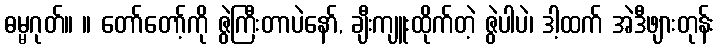
ဓမ္မဂုတ်။ ။ တော်တော့်ကို ဇွဲကြီးတာပဲနော်, ချီးကျူးထိုက်တဲ့ ဇွဲပါပဲ၊ ဒါ့ထက် အဲဒီဖျားတုန်း